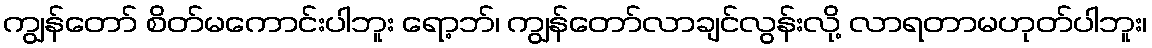
ကျွန်တော် စိတ်မကောင်းပါဘူး ရော့ဘ်၊ ကျွန်တော်လာချင်လွန်းလို့ လာရတာမဟုတ်ပါဘူး၊